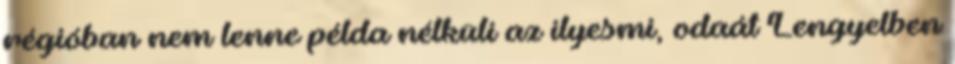
régióban nem lenne példa nélküli az ilyesmi, odaát Lengyelben